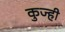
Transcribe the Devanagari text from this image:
कुज्ही